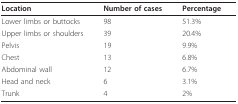
<table><thead><tr><td><b>Location</b></td><td><b>Number of cases</b></td><td><b>Percentage</b></td></tr></thead><tbody><tr><td>Lower limbs or buttocks</td><td>98</td><td>51.3%</td></tr><tr><td>Upper limbs or shoulders</td><td>39</td><td>20.4%</td></tr><tr><td>Pelvis</td><td>19</td><td>9.9%</td></tr><tr><td>Chest</td><td>13</td><td>6.8%</td></tr><tr><td>Abdominal wall</td><td>12</td><td>6.7%</td></tr><tr><td>Head and neck</td><td>6</td><td>3.1%</td></tr><tr><td>Trunk</td><td>4</td><td>2%</td></tr></tbody></table>